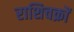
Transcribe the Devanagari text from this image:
राशिचक्रों